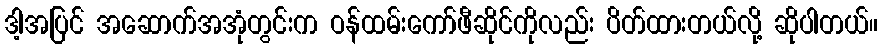
ဒါ့အပြင် အဆောက်အအုံတွင်းက ဝန်ထမ်းကော်ဖီဆိုင်ကိုလည်း ပိတ်ထားတယ်လို့ ဆိုပါတယ်။